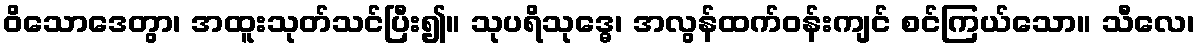
ဝိသောဒေတွာ၊ အထူးသုတ်သင်ပြီး၍။ သုပရိသုဒ္ဓေ၊ အလွန်ထက်ဝန်းကျင် စင်ကြယ်သော။ သီလေ၊